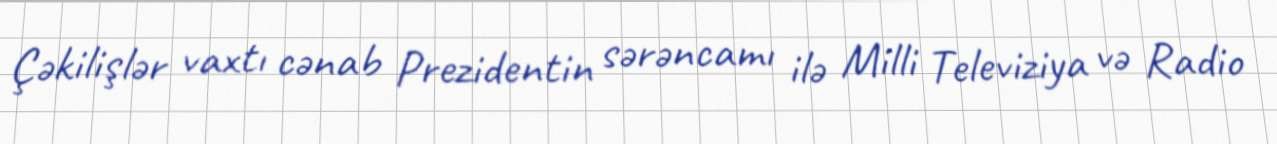
Çəkilişlər vaxtı cənab Prezidentin sərəncamı ilə Milli Televiziya və Radio